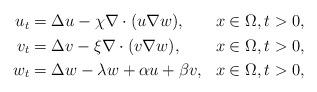
LaTeX: \begin{align*}\begin{aligned} u_{t}&=\Delta u -\chi \nabla \cdot (u\nabla w), & x \in \Omega, t>0,\\ v_{t}&=\Delta v - \xi \nabla \cdot (v \nabla w), & x \in \Omega, t>0, \\ w_{t}& =\Delta w - \lambda w + \alpha u +\beta v, & x \in \Omega, t>0 ,\end{aligned}\end{align*}